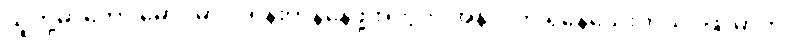
သူတို့မှာကော မောင့်မှာပါ ရုန်းကန်နေဖို့အတွက် အနာဂတ် ရှိနေသေးတယ်၊ ဖြူမှာက